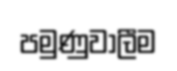
පමුණුවාලීම